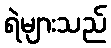
ရဲများသည်